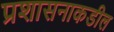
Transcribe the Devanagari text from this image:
प्रशासनाकडील